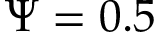
\Psi = 0 . 5